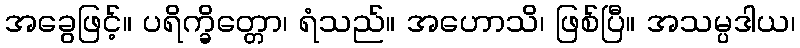
အခွေဖြင့်။ ပရိက္ခိတ္တော၊ ရံသည်။ အဟောသိ၊ ဖြစ်ပြီ။ အသမ္ပဒါယ၊